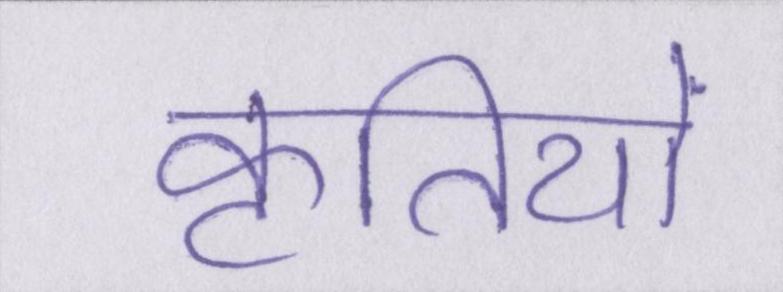
कृतियों